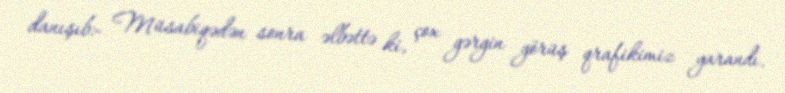
danışıb:- Müsabiqədən sonra əlbəttə ki, çox gərgin görüş qrafikimiz yarandı.